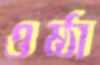
ওষ্ঠা